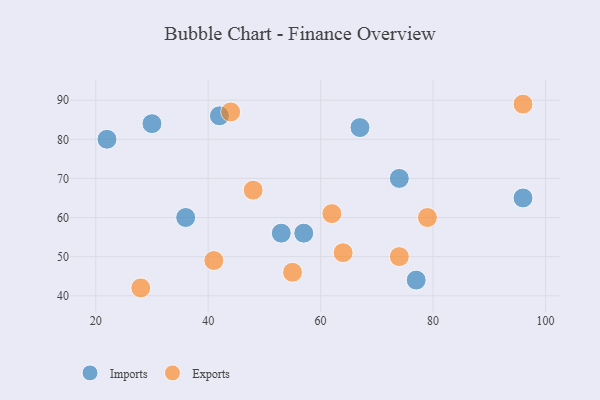
{"axis": {"x": "GDP", "y": "Life Expectancy"}, "legend": ["Exports", "Imports"], "data": [{"x": "36", "y": 60, "type": "Imports"}, {"x": "77", "y": 44, "type": "Imports"}, {"x": "30", "y": 84, "type": "Imports"}, {"x": "67", "y": 83, "type": "Imports"}, {"x": "22", "y": 80, "type": "Imports"}, {"x": "53", "y": 56, "type": "Imports"}, {"x": "42", "y": 86, "type": "Imports"}, {"x": "74", "y": 70, "type": "Imports"}, {"x": "57", "y": 56, "type": "Imports"}, {"x": "96", "y": 65, "type": "Imports"}, {"x": "62", "y": 61, "type": "Exports"}, {"x": "41", "y": 49, "type": "Exports"}, {"x": "74", "y": 50, "type": "Exports"}, {"x": "96", "y": 89, "type": "Exports"}, {"x": "44", "y": 87, "type": "Exports"}, {"x": "79", "y": 60, "type": "Exports"}, {"x": "48", "y": 67, "type": "Exports"}, {"x": "55", "y": 46, "type": "Exports"}, {"x": "64", "y": 51, "type": "Exports"}, {"x": "28", "y": 42, "type": "Exports"}]}